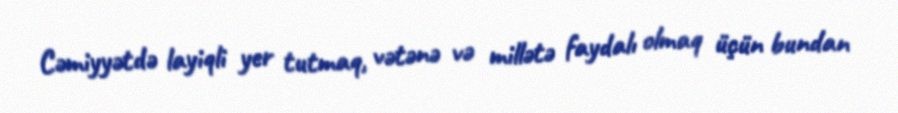
Cəmiyyətdə layiqli yer tutmaq, vətənə və millətə faydalı olmaq üçün bundan